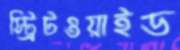
স্ট্রিটওয়াইড